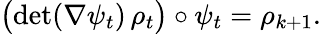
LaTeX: \big(\mathrm{det}(\nabla\psi_{t})\, \rho_{t}\big)\circ\psi_{t}=\rho_{k+1}.